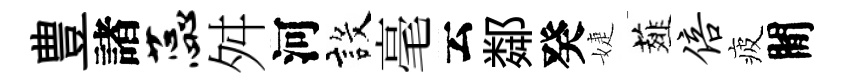
豊諸蕊舛河設毫云鄰癸婕薤倍疲閒